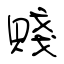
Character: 賤